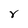
Character: v